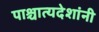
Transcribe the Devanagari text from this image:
पाश्चात्यदेशांनी